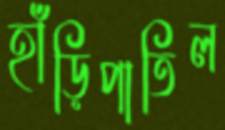
হাঁড়িপাতিল